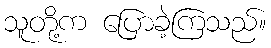
သူတို့က ပြောခဲ့ကြသည်။